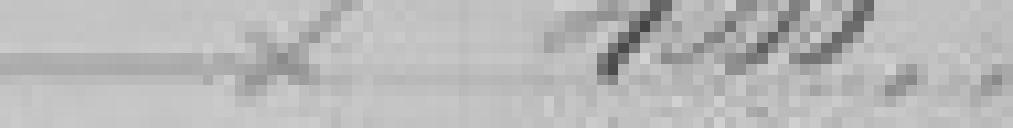
4.000